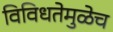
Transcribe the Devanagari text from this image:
विविधतेमुळेच